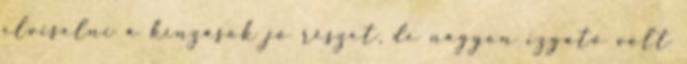
elviselni a kínzások jó részét, de nagyon izgató volt